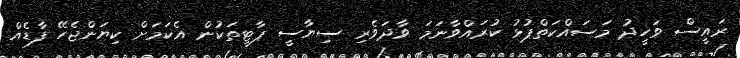
ރައީސް ވަހީދު މަސައްކަތްޕުޅު ކުރައްވާނަމަ ވާދަވެރި ސިޔާސީ ޕާޓީތަކުން އެކަމަށް ކިޔަންޖެހޭ ފާޑެއް